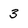
Character: 3